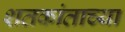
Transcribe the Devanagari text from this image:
शतकांताच्या